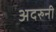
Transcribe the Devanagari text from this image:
अदरुनी